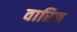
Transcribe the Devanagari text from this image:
वारिज